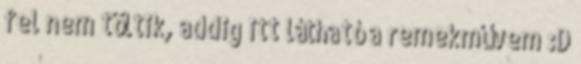
fel nem töltik, addig itt látható a remekművem :D